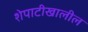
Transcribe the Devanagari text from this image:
शेपाटीखालील